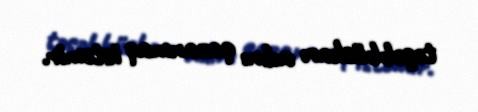
təşəbbüskarı adını qazanmaq istəmir.